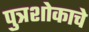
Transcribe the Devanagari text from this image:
पुत्रशोकाचे